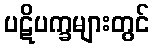
ပဋိပက္ခများတွင်